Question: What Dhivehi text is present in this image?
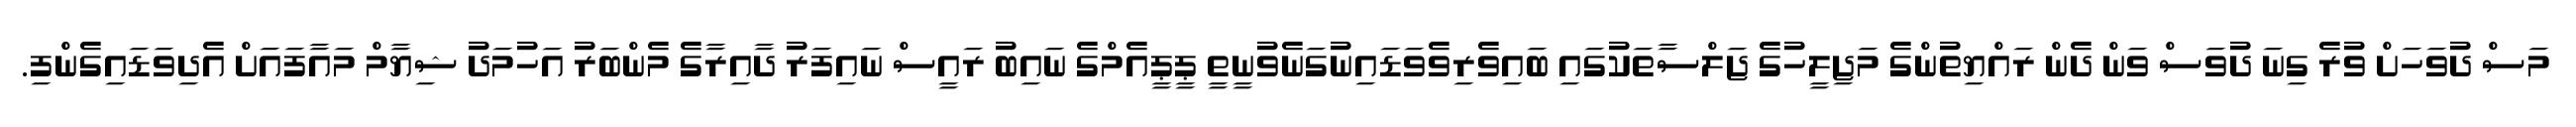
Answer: މަސް ދުވަހަށް ވުރެ ގިނަ ދުވަސް ވަން ދެން ރައްޔިތުންގެ މަޖިލީހުގެ ޖަލްސާތަކުގައި ބައިވެރިވެވަޑައިނުގަނެވުނީތީ ޕީޕީއެމްގެ ނައިބު ރައީސް ނައިފަރު ދާއިރާގެ މެންބަރު އަހުމަދު ޝިޔާމް މައާފައަށް އެދިވަޑައިގެންފި.